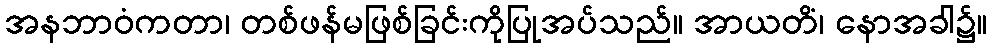
အနဘာဝံကတာ၊ တစ်ဖန်မဖြစ်ခြင်းကိုပြုအပ်သည်။ အာယတိံ၊ နောအခါ၌။